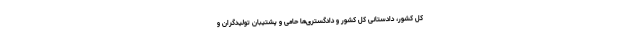
کل کشور، دادستانی کل کشور و دادگستری‌ها حامی و پشتیبان تولیدگران و